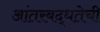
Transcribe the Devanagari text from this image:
आंतरबद्धतेची